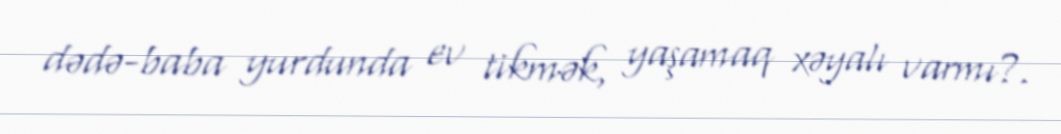
dədə-baba yurdunda ev tikmək, yaşamaq xəyalı varmı?.